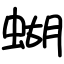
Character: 蝴